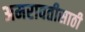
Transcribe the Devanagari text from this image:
अमरावतीसाठी